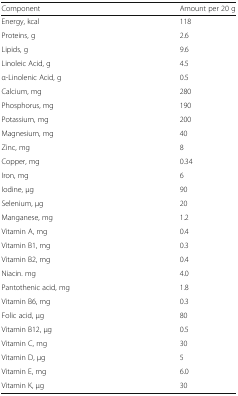
| Component | Amount per 20 g |
 | --- | --- |
 | Energy, kcal | 118 |
 | Proteins, g | 2.6 |
 | Lipids, g | 9.6 |
 | Linoleic Acid, g | 4.5 |
 | α-Linolenic Acid, g | 0.5 |
 | Calcium, mg | 280 |
 | Phosphorus, mg | 190 |
 | Potassium, mg | 200 |
 | Magnesium, mg | 40 |
 | Zinc, mg | 8 |
 | Copper, mg | 0.34 |
 | Iron, mg | 6 |
 | Iodine, μg | 90 |
 | Selenium, μg | 20 |
 | Manganese, mg | 1.2 |
 | Vitamin A, mg | 0.4 |
 | Vitamin B1, mg | 0.3 |
 | Vitamin B2, mg | 0.4 |
 | Niacin. mg | 4.0 |
 | Pantothenic acid, mg | 1.8 |
 | Vitamin B6, mg | 0.3 |
 | Folic acid, μg | 80 |
 | Vitamin B12, μg | 0.5 |
 | Vitamin C, mg | 30 |
 | Vitamin D, μg | 5 |
 | Vitamin E, mg | 6.0 |
 | Vitamin K, μg | 30 |